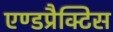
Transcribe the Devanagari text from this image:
एण्डप्रैक्टिस